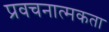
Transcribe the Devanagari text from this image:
प्रवचनात्मकता